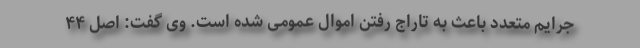
جرایم متعدد باعث به تاراج رفتن اموال عمومی شده است. وی گفت: اصل ۴۴